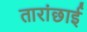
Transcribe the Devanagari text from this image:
तारांछाई